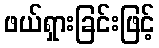
ဖယ်ရှားခြင်းဖြင့်